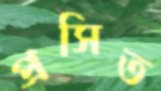
প্রসিত